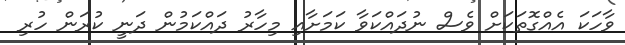
ވާހަކަ އެއްގޮތަކަށް ވެސް ނުދައްކަވާ ކަމަށާއި މިހާރު ދައްކަމުން ދަނީ ކުރަން ހުރި